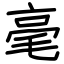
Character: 毫